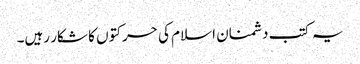
یہ کتب دشمنان اسلام کی حرکتوں کا شکار رہیں۔